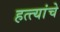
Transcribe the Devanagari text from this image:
हत्त्यांचे